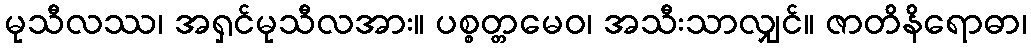
မုသီလဿ၊ အရှင်မုသီလအား။ ပစ္စတ္တမေဝ၊ အသီးသာလျှင်။ ဇာတိနိရောဓာ၊